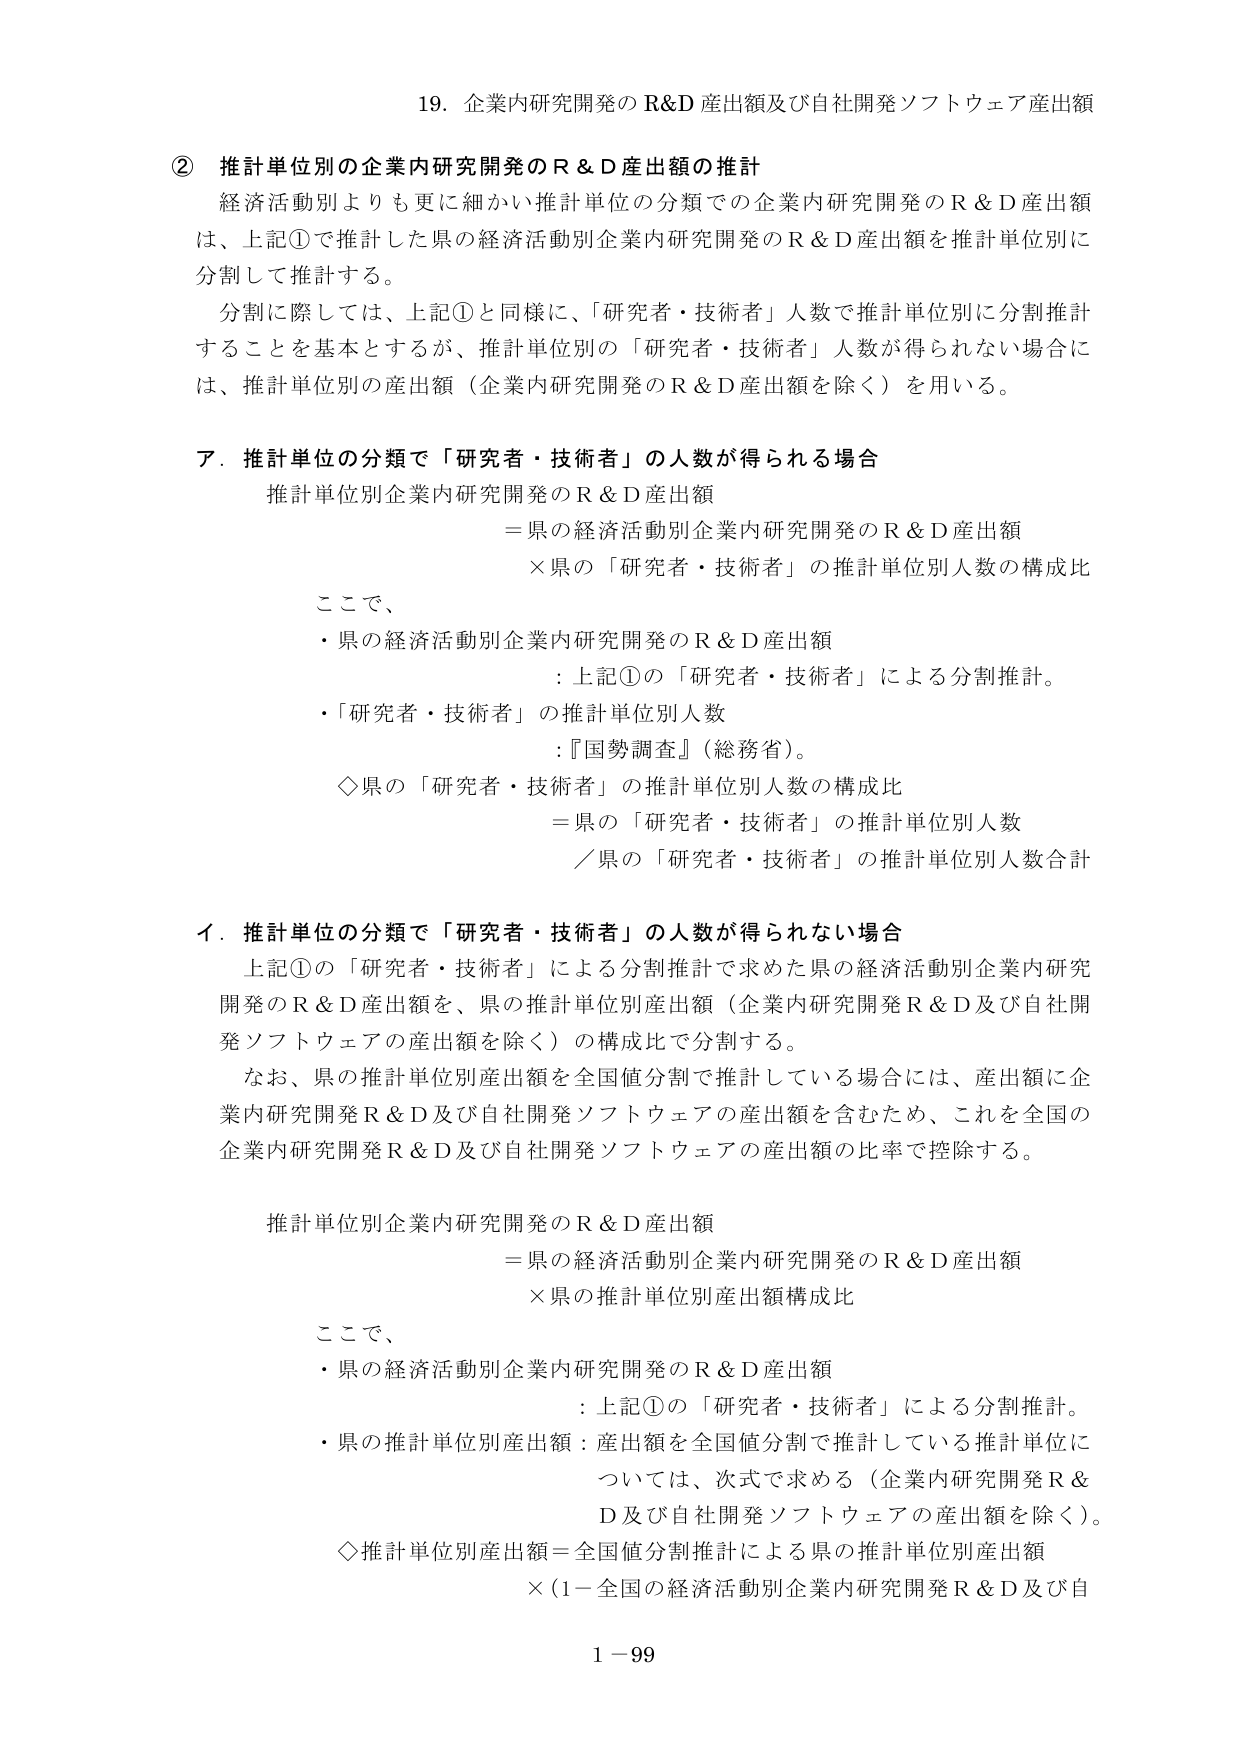
19. 企業内研究開発の R&D 産出額及び自社開発ソフトウェア産出額

② 推計単位別の企業内研究開発の R & D 産出額の推計
経済活動別よりも更に細かい推計単位の分類での企業内研究開発の R & D 産出額は、上記①で推計した県の経済活動別企業内研究開発の R & D 産出額を推計単位別に分割して推計する。
分割に際しては、上記①と同様に、「研究者・技術者」人数で推計単位別に分割推計することを基本とするが、推計単位別の「研究者・技術者」人数が得られない場合には、推計単位別の産出額（企業内研究開発の R & D 産出額を除く）を用いる。

ア．推計単位の分類で「研究者・技術者」の人数が得られる場合
推計単位別企業内研究開発の R & D 産出額
＝県の経済活動別企業内研究開発の R & D 産出額
×県の「研究者・技術者」の推計単位別人数の構成比

ここで、
・県の経済活動別企業内研究開発の R & D 産出額
：上記①の「研究者・技術者」による分割推計。
・「研究者・技術者」の推計単位別人数
：『国勢調査』（総務省）。
◇県の「研究者・技術者」の推計単位別人数の構成比
＝県の「研究者・技術者」の推計単位別人数
／県の「研究者・技術者」の推計単位別人数合計

イ．推計単位の分類で「研究者・技術者」の人数が得られない場合
上記①の「研究者・技術者」による分割推計で求めた県の経済活動別企業内研究開発の R & D 産出額を、県の推計単位別産出額（企業内研究開発 R & D 及び自社開発ソフトウェアの産出額を除く）の構成比で分割する。
なお、県の推計単位別産出額を全国値分割で推計している場合には、産出額に企業内研究開発 R & D 及び自社開発ソフトウェアの産出額を含むため、これを全国の企業内研究開発 R & D 及び自社開発ソフトウェアの産出額の比率で控除する。

推計単位別企業内研究開発の R & D 産出額
＝県の経済活動別企業内研究開発の R & D 産出額
×県の推計単位別産出額構成比

ここで、
・県の経済活動別企業内研究開発の R & D 産出額
：上記①の「研究者・技術者」による分割推計。
・県の推計単位別産出額：産出額を全国値分割で推計している推計単位については、次式で求める（企業内研究開発 R & D 及び自社開発ソフトウェアの産出額を除く）。
◇推計単位別産出額＝全国値分割推計による県の推計単位別産出額
×（1－全国の経済活動別企業内研究開発 R & D 及び自

1－99